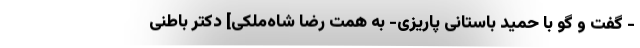
- گفت و گو با حمید باستانی پاریزی- به همت رضا شاه‌ملکی] دکتر باطنی